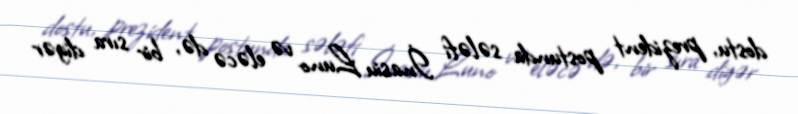
dostu, prezident postunda sələfi İnasiu Luno və eləcə də, bir sıra digər